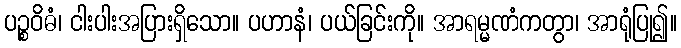
ပဉ္စဝိဓံ၊ ငါးပါးအပြားရှိသော။ ပဟာနံ၊ ပယ်ခြင်းကို။ အာရမ္မဏံကတွာ၊ အာရုံပြု၍။